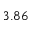
3 . 8 6